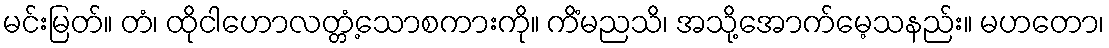
မင်းမြတ်။ တံ၊ ထိုငါဟောလတ္တံ့သောစကားကို။ ကိံမညသိ၊ အသို့အောက်မေ့သနည်း။ မဟတော၊